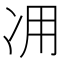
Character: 𠖿